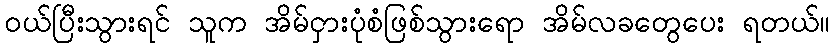
ဝယ်ပြီးသွားရင် သူက အိမ်ငှားပုံစံဖြစ်သွားရော အိမ်လခတွေပေး ရတယ်။